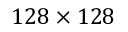
1 2 8 \times 1 2 8